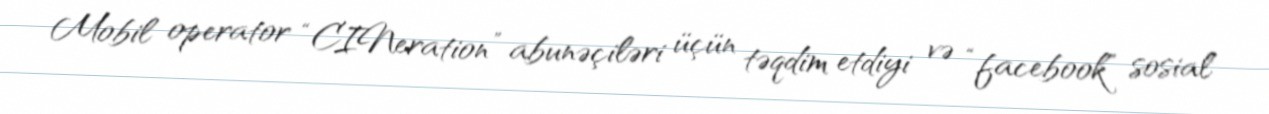
Mobil operator “CINeration” abunəçiləri üçün təqdim etdiyi və “facebook” sosial